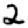
Digit: 2